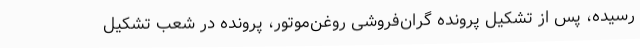
رسیده، پس از تشکیل پرونده گران‌فروشی روغن‌موتور، پرونده در شعب تشکیل